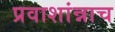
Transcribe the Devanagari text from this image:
प्रवाशांन्नाच